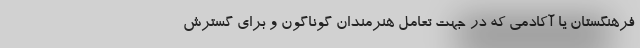
فرهنگستان یا آکادمی که در جهت تعامل هنرمندان گوناگون و برای گسترش